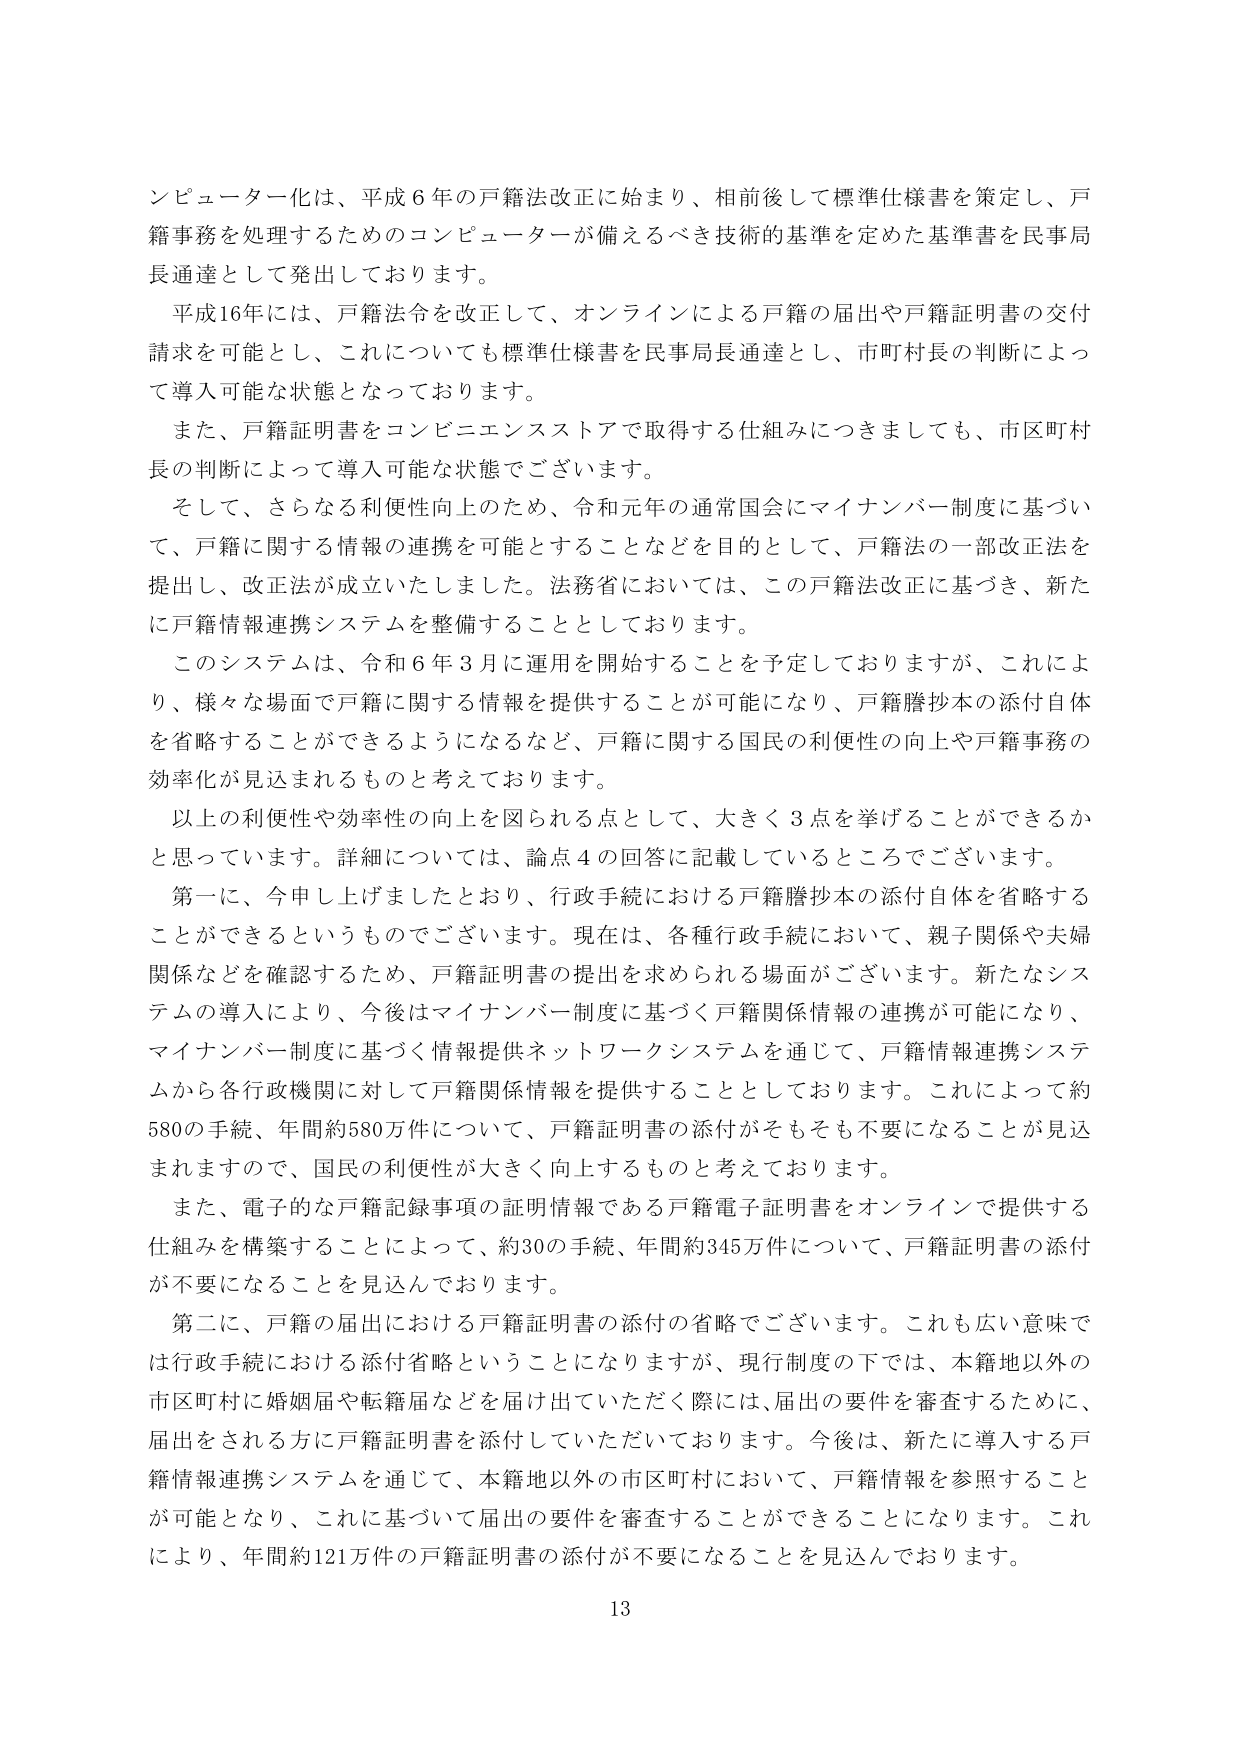
ンピューター化は、平成６年の戸籍法改正に始まり、相前後して標準仕様書を策定し、戸籍事務を処理するためのコンピューターが備えるべき技術的基準を定めた基準書を民事局長通達として発出しております。

平成16年には、戸籍法令を改正して、オンラインによる戸籍の届出や戸籍証明書の交付請求を可能とし、これについても標準仕様書を民事局長通達とし、市町村長の判断によって導入可能な状態となっております。

また、戸籍証明書をコンビニエンスストアで取得する仕組みにつきましても、市区町村長の判断によって導入可能な状態でございます。

そして、さらなる利便性向上のため、令和元年の通常国会にマイナンバー制度に基づいて、戸籍に関する情報の連携を可能とすることなどを目的として、戸籍法の一部改正法を提出し、改正法が成立いたしました。法務省においては、この戸籍法改正に基づき、新たに戸籍情報連携システムを整備することとしております。

このシステムは、令和６年３月に運用を開始することを予定しておりますが、これにより、様々な場面で戸籍に関する情報を提供することが可能になり、戸籍謄抄本の添付自体を省略することができるようになるなど、戸籍に関する国民の利便性の向上や戸籍事務の効率化が見込まれるものと考えております。

以上の利便性や効率性の向上を図られる点として、大きく３点を挙げることができるかと思っております。詳細については、論点４の回答に記載しているところでございます。

第一に、今申し上げましたとおり、行政手続における戸籍謄抄本の添付自体を省略することができるというものです。現在は、各種行政手続において、親子関係や夫婦関係などを確認するため、戸籍証明書の提出を求められる場面がございます。新たなシステムの導入により、今後はマイナンバー制度に基づく戸籍関係情報の連携が可能になり、マイナンバー制度に基づく情報提供ネットワークシステムを通じて、戸籍情報連携システムから各行政機関に対して戸籍関係情報を提供することとしております。これによって約580の手続、年間約580万件について、戸籍証明書の添付がそもそも不要になることが見込まれますので、国民の利便性が大きく向上するものと考えております。

また、電子的な戸籍記録事項の証明情報である戸籍電子証明書をオンラインで提供する仕組みを構築することによって、約30の手続、年間約345万件について、戸籍証明書の添付が不要になることを見込んでおります。

第二に、戸籍の届出における戸籍証明書の添付の省略でございます。これも広い意味では行政手続における添付省略ということになりますが、現行制度の下では、本籍地以外の市区町村に婚姻届や転籍届などを届け出ていただく際には、届出の要件を審査するために、届出をされる方に戸籍証明書を添付していただいております。今後は、新たに導入する戸籍情報連携システムを通じて、本籍地以外の市区町村において、戸籍情報を参照することが可能となり、これに基づいて届出の要件を審査することができるようになります。これにより、年間約121万件の戸籍証明書の添付が不要になることを見込んでおります。

13